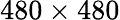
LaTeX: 480\times 480